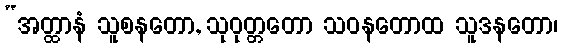
“အတ္ထာနံ သူစနတော, သုဝုတ္တတော သဝနတောထ သူဒနတော၊